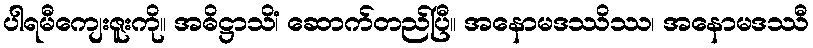
ပါရမီကျေးဇူးကို။ အဓိဋ္ဌာသိံ၊ ဆောက်တည်ပြီ။ အနောမဒဿိဿ၊ အနောမဒဿီ